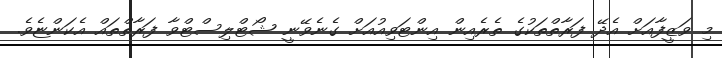
މި ވަޒީފާއަށް އެދޭ ފަރާތްތަކުގެ ތެރެއިން އިންޓަވިއުއަށް ގެނެވޭނީ ޝޯޓްލިސްޓްވާ ފަރާތްތައް އެކަންޏެވެ.